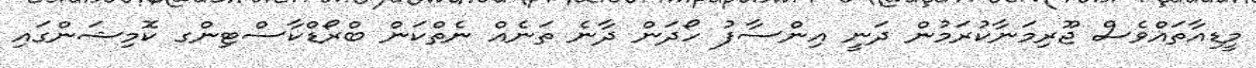
މީޑިއާތައްވެސް ޖޫރިމަނާކުރަމުން ދަނީ އިންސާފު ހޯދަން ދާނެ ތަނެއް ނެތްކަން ބްރޯޑްކާސްޓިންގ ކޮމިޝަންގައި